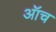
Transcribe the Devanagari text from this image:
ऑच